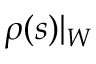
\rho ( s ) | _ { W }